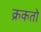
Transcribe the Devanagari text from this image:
क्रकतो